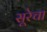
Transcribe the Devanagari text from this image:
सूरेचा